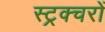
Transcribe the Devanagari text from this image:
स्ट्रक्चरों